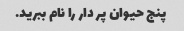
پنج حیوان پر دار را نام ببرید.